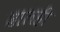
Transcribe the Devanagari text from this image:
ढालही